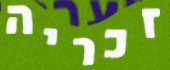
זכריה